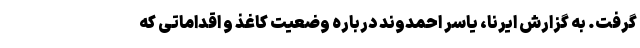
گرفت. به گزارش ایرنا، یاسر احمدوند درباره وضعیت کاغذ و اقداماتی که